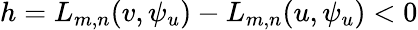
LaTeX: h=L_{m,n}(v,\psi_{u})-L_{m,n}(u,\psi_{u})<0